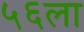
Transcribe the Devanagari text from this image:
५६ला